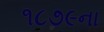
૧૮૭૯ના